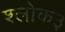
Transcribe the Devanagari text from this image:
श्लोक३